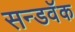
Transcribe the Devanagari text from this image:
सन्डवॅक